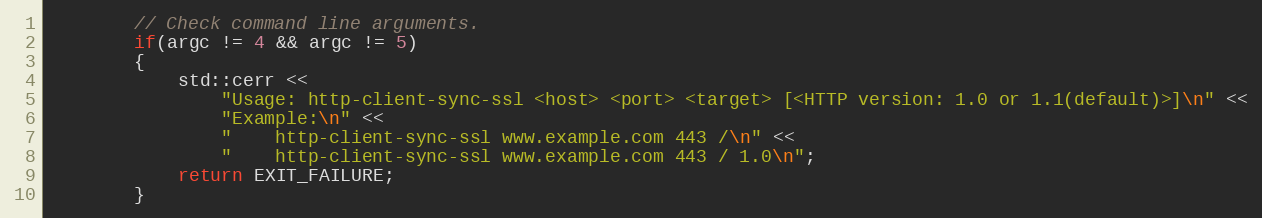
Language: C++
        // Check command line arguments.
        if(argc != 4 && argc != 5)
        {
            std::cerr <<
                "Usage: http-client-sync-ssl <host> <port> <target> [<HTTP version: 1.0 or 1.1(default)>]\n" <<
                "Example:\n" <<
                "    http-client-sync-ssl www.example.com 443 /\n" <<
                "    http-client-sync-ssl www.example.com 443 / 1.0\n";
            return EXIT_FAILURE;
        }